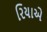
રિયાએ